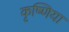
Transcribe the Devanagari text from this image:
कृष्णिया